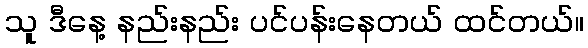
သူ ဒီနေ့ နည်းနည်း ပင်ပန်းနေတယ် ထင်တယ်။